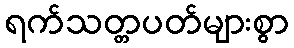
ရက်သတ္တပတ်များစွာ